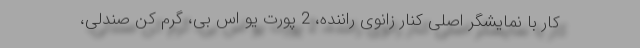
کار با نمایشگر اصلی کنار زانوی راننده، 2 پورت یو اس بی، گرم کن صندلی،